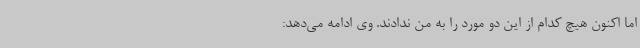
اما اکنون هیچ کدام از این دو مورد را به من ندادند. وی ادامه می‌دهد: